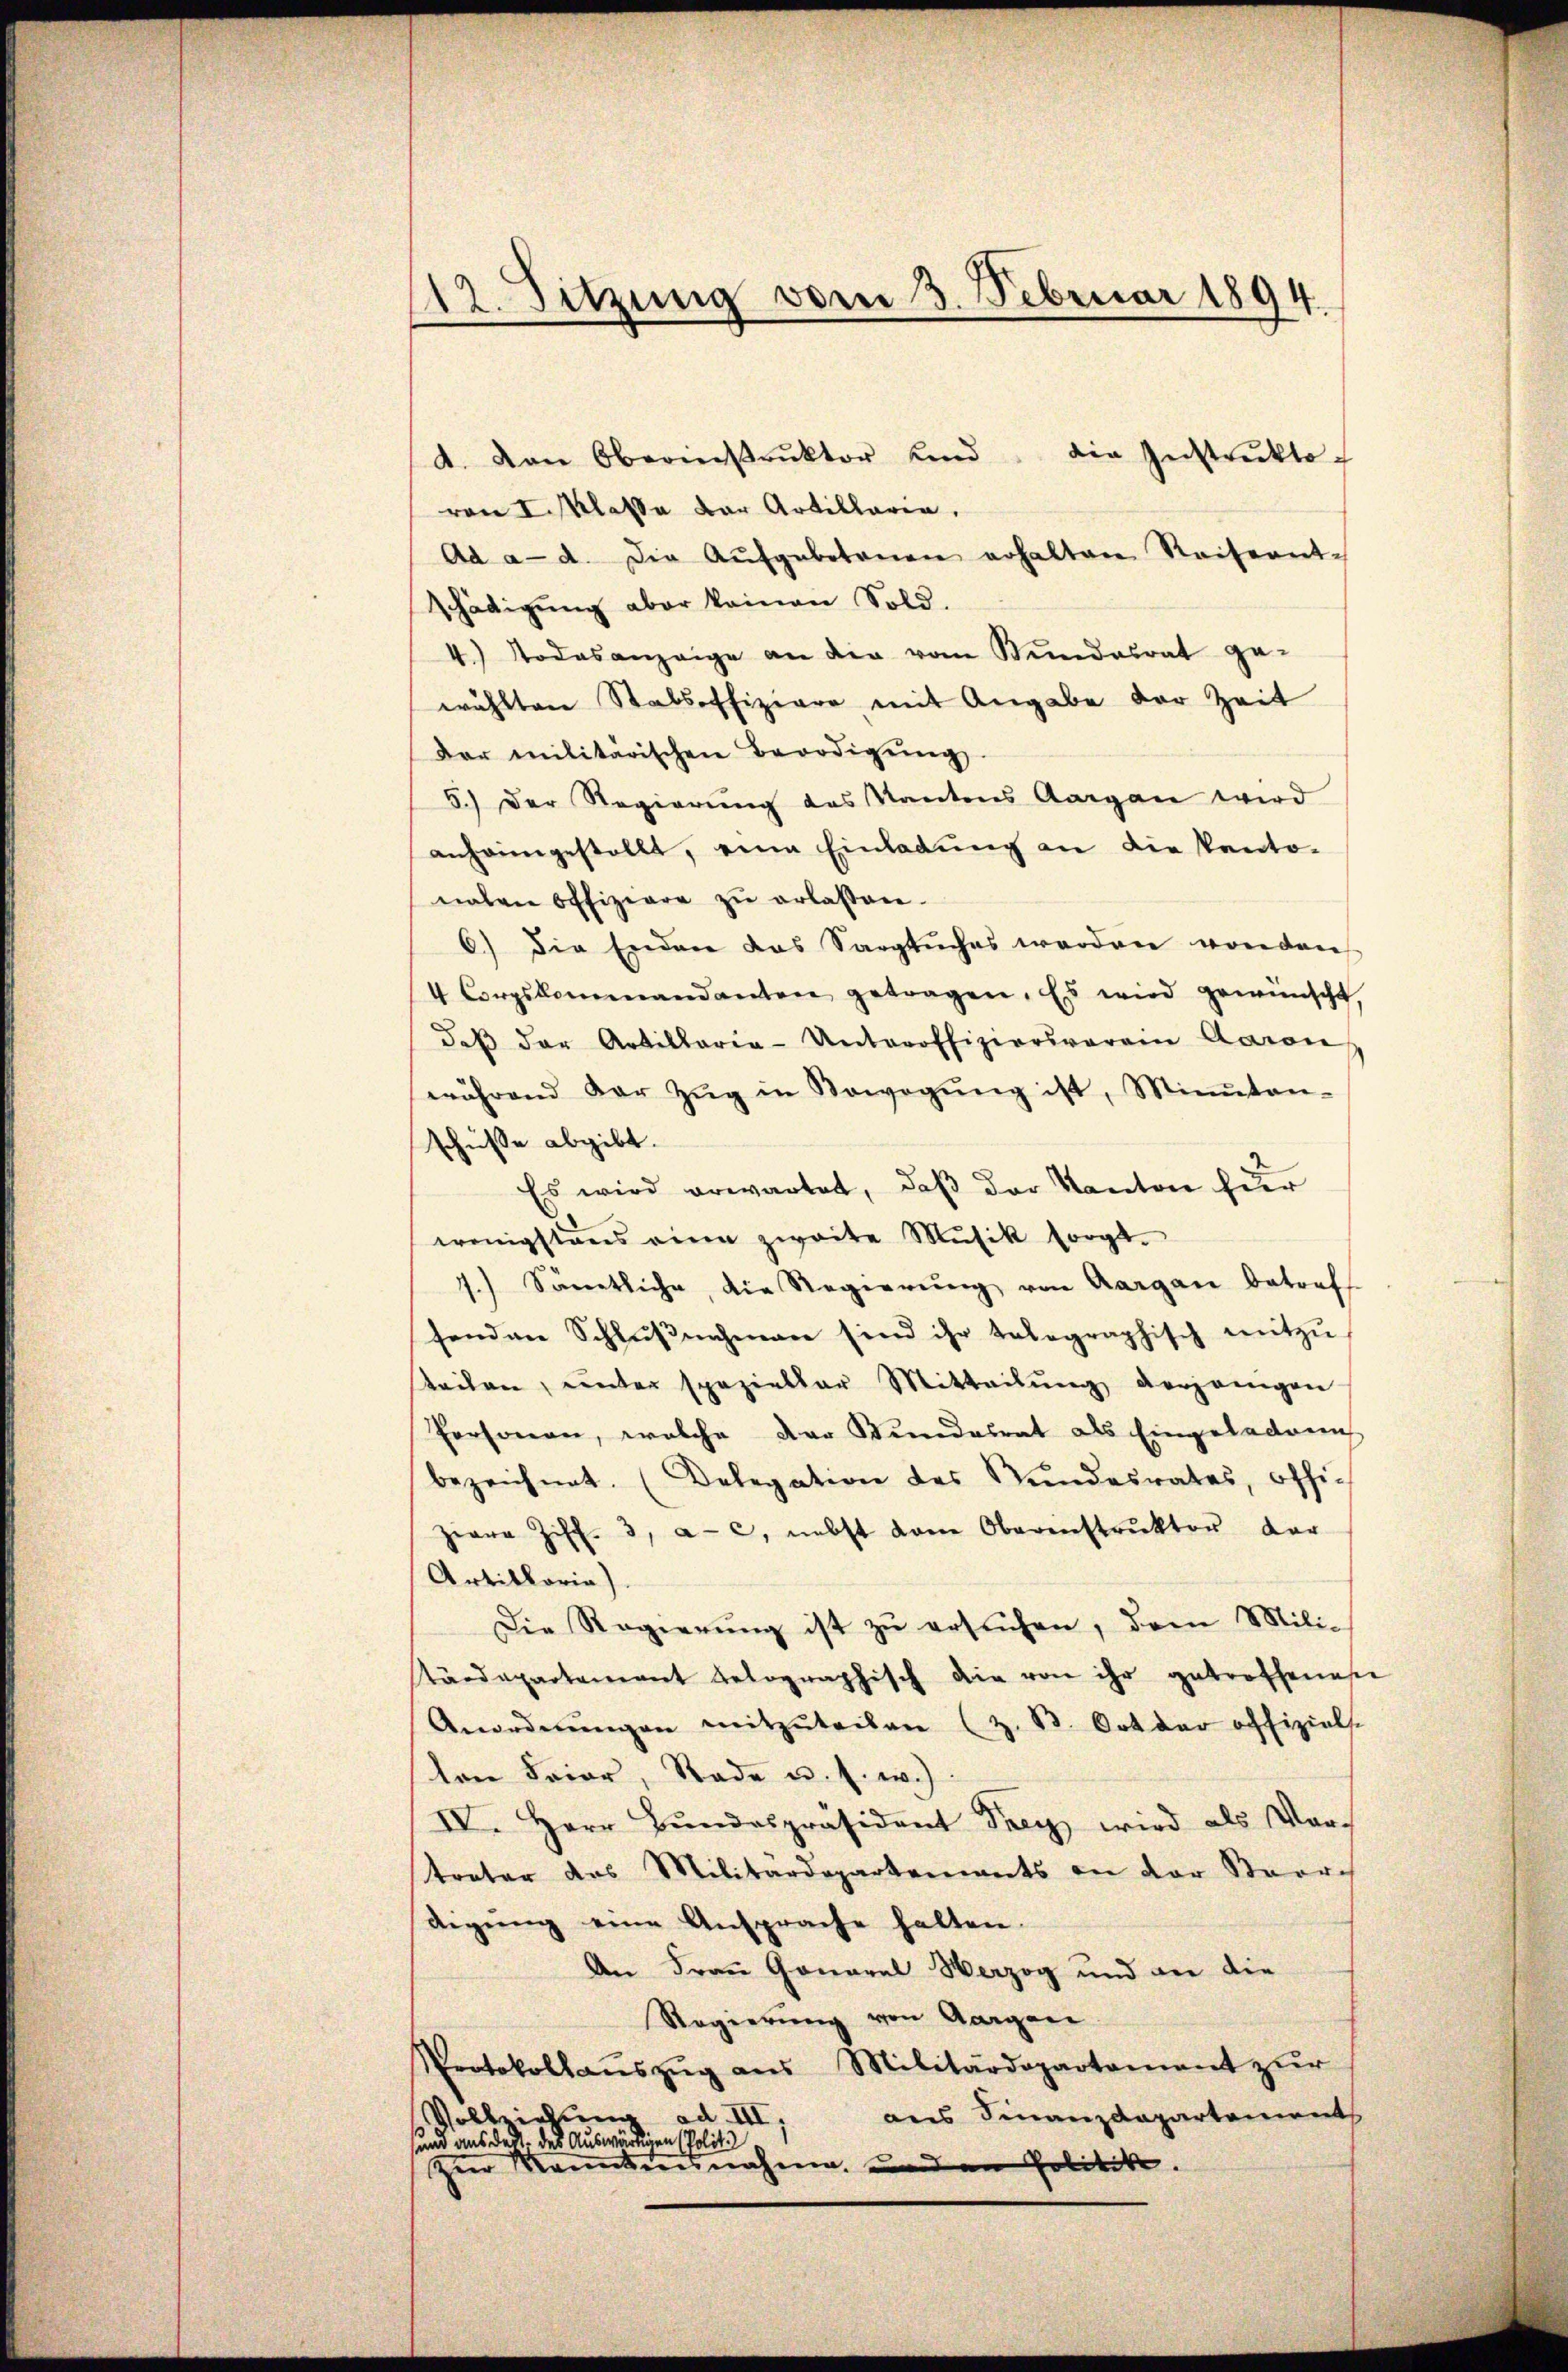
112. Sitzung vom 3. Februar 1894

A. von Oberinstrŭktor und die Instreckto-
von I. Klasse der Artillaria,
Ad a. d. Die Aufgebotenen erhalten Reiseant-
schädigŭng aber keinen Sold.
4) Todesanzeige an die vom Stundesrat ge-
wählten Stabsoffiziere mit Angabe der Zeit
der militärischen Beerdigŭng
5.) Der Regierung des Kantons Aargau wird
anheimgestellt, eine Einladung an die Panto-
naten Offiziere zŭ erlassen.
6) die Enden das Sargtŭches werden von den
4 Corpskommandanten getragen. Es wird gewünscht
daβ der Artillaria-Unteroffiziersverein Baron
während der Zŭg in Sowegŭng ist, Minuten-
schüße abgibt.
Es wird erwartet, daβ der Kanton für
wenigstens eine zweite Musik sorgt.
1.) Sämtliche, die Regierŭng von Aargau betref
senden Schlŭβnahmen sind ihr telegraphisch mitzu-
steilen, unter spezieller Mitteilŭng derjenigen
Personen, welche der Bundesrat als Eingeladeng
bezeichnet. (Delegation des Bŭndesrates, offi-
Ziera Ziff. 3, a. c. nebst dem Oberenstrŭktor der
Artilloria)
Die Regierung ist zu ersuchen, dem Militärdepartement telographisch die von ihr getroffenes
Anordnŭngen mitzŭteilen (z. B. Ort der offiziels.
len Feier, Rade u. s. w.)
IV. Herr Bŭndespräsident Frey wird als Vortreter das Militärdepartements an der Baardigŭng eine Ansprache halten.
An Frau Gonaral Herzog und der die
Regierung von Aargau
Protokollaŭszŭg aŭs Militärdepartament zŭr
aus Finanzdepartements
Vollziehung ad III,
und aus der des Auswärtigen Polit
Zur Kanntennahme an den Politik.